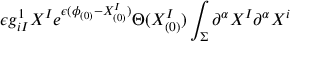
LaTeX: \epsilon g _ { i I } ^ { 1 } X ^ { I } e ^ { \epsilon ( \phi _ { ( 0 ) } - X _ { ( 0 ) } ^ { I } ) } \Theta ( X _ { ( 0 ) } ^ { I } ) \int _ { \Sigma } \partial ^ { \alpha } X ^ { I } \partial ^ { \alpha } X ^ { i }